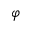
\varphi